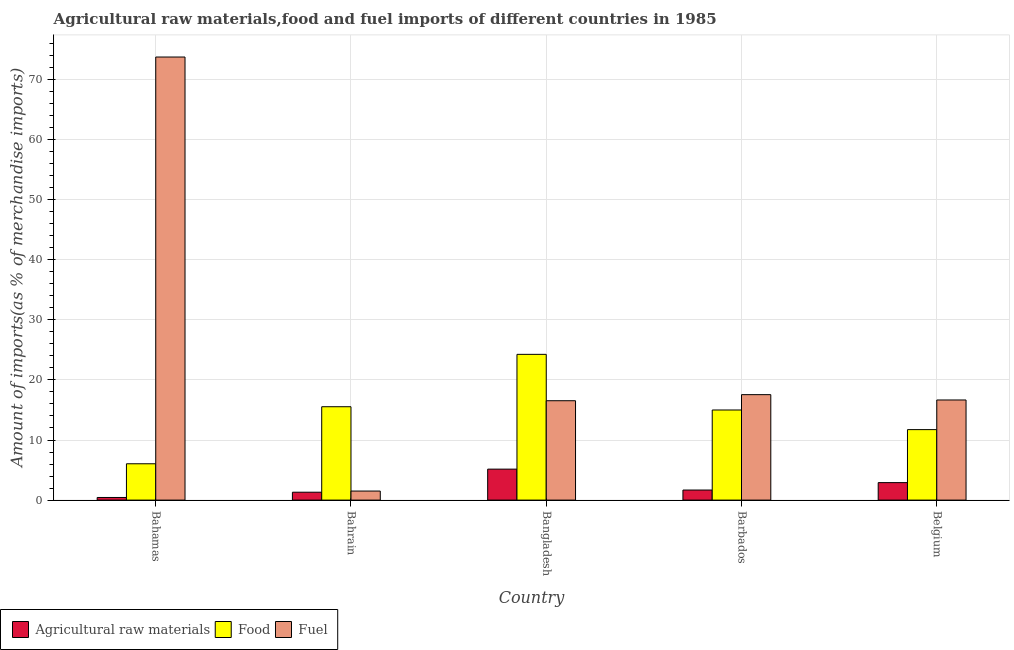
| Country | Agricultural raw materials | Food | Fuel |
 | --- | --- | --- | --- |
 | Bahamas | 0.435 | 6.05 | 73.7 |
 | Bahrain | 1.31 | 15.5 | 1.51 |
 | Bangladesh | 5.15 | 24.3 | 16.5 |
 | Barbados | 1.67 | 15 | 17.5 |
 | Belgium | 2.91 | 11.7 | 16.7 |